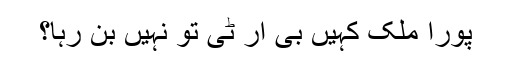
پورا ملک کہیں بی آر ٹی تو نہیں بن رہا؟